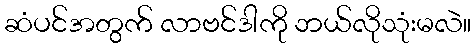
ဆံပင်အတွက် လာဗင်ဒါကို ဘယ်လိုသုံးမလဲ။